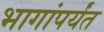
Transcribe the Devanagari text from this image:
भागांपर्यंत